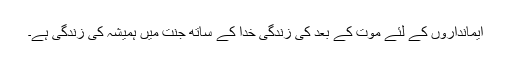
ایمانداروں کے لئے موت کے بعد کی زندگی خدا کے ساتھ جنت میں ہمیشہ کی زندگی ہے۔